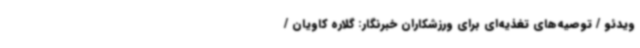
ویدئو / توصیه‌های تغذیه‌ای برای ورزشکاران خبرنگار: گلاره کاویان /